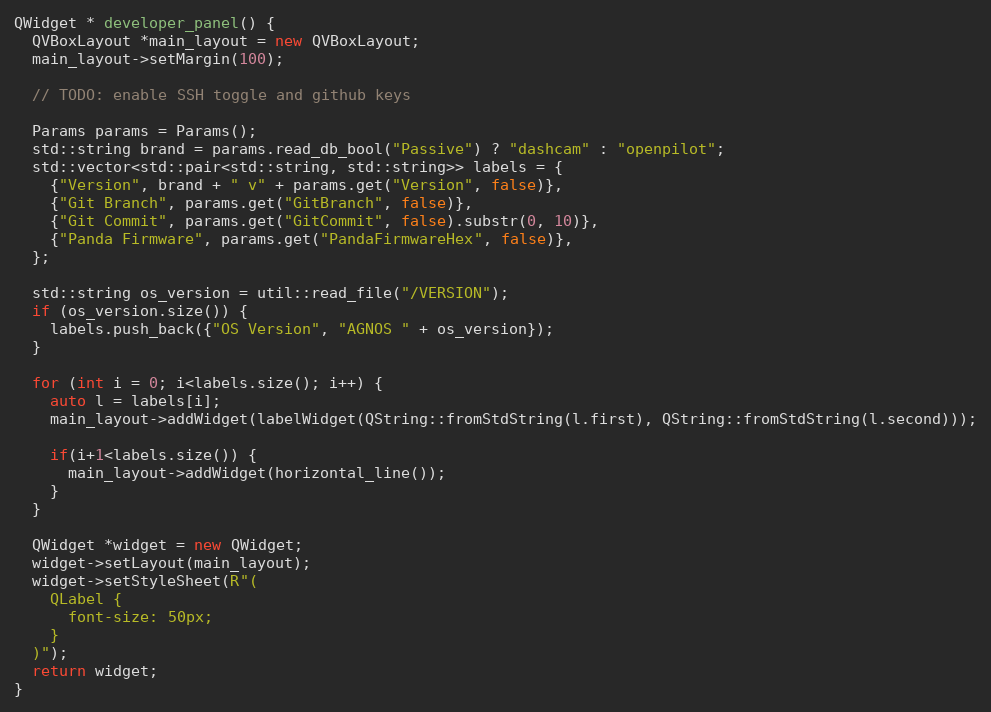
Language: C++
QWidget * developer_panel() {
  QVBoxLayout *main_layout = new QVBoxLayout;
  main_layout->setMargin(100);

  // TODO: enable SSH toggle and github keys

  Params params = Params();
  std::string brand = params.read_db_bool("Passive") ? "dashcam" : "openpilot";
  std::vector<std::pair<std::string, std::string>> labels = {
    {"Version", brand + " v" + params.get("Version", false)},
    {"Git Branch", params.get("GitBranch", false)},
    {"Git Commit", params.get("GitCommit", false).substr(0, 10)},
    {"Panda Firmware", params.get("PandaFirmwareHex", false)},
  };

  std::string os_version = util::read_file("/VERSION");
  if (os_version.size()) {
    labels.push_back({"OS Version", "AGNOS " + os_version});
  }

  for (int i = 0; i<labels.size(); i++) {
    auto l = labels[i];
    main_layout->addWidget(labelWidget(QString::fromStdString(l.first), QString::fromStdString(l.second)));

    if(i+1<labels.size()) {
      main_layout->addWidget(horizontal_line());
    }
  }

  QWidget *widget = new QWidget;
  widget->setLayout(main_layout);
  widget->setStyleSheet(R"(
    QLabel {
      font-size: 50px;
    }
  )");
  return widget;
}